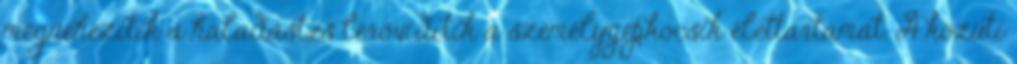
megnehezítik a haladást,és lerövidítik a személygépkocsik élettartamát. A közúti